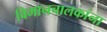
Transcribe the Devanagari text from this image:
विमानचालकांना